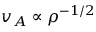
v _ { A } \propto \rho ^ { - 1 / 2 }